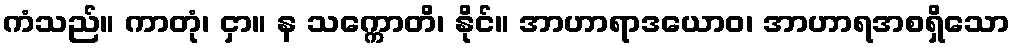
ကံသည်။ ကာတုံ၊ ငှာ။ န သက္ကောတိ၊ နိုင်။ အာဟာရာဒယောဝ၊ အာဟာရအစရှိသော